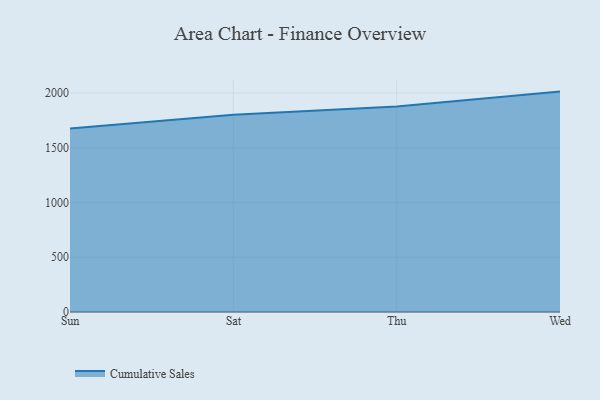
{"axis": {"x": "Day", "y": "Operating Costs (USD K)"}, "legend": ["Cumulative Sales"], "data": [{"x": "Sun", "y": 1675.6, "type": "Cumulative Sales"}, {"x": "Sat", "y": 1801.3, "type": "Cumulative Sales"}, {"x": "Thu", "y": 1877.4, "type": "Cumulative Sales"}, {"x": "Wed", "y": 2013.2, "type": "Cumulative Sales"}]}